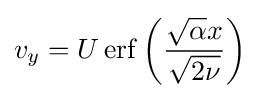
v_{y}=U\operatorname {erf} \left({\frac {{\sqrt {\alpha }}x}{\sqrt {2\nu }}}\right)